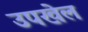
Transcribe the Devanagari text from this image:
उपखेल